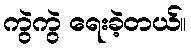
ကွဲကွဲ ရေးခဲ့တယ်။